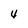
Character: 4